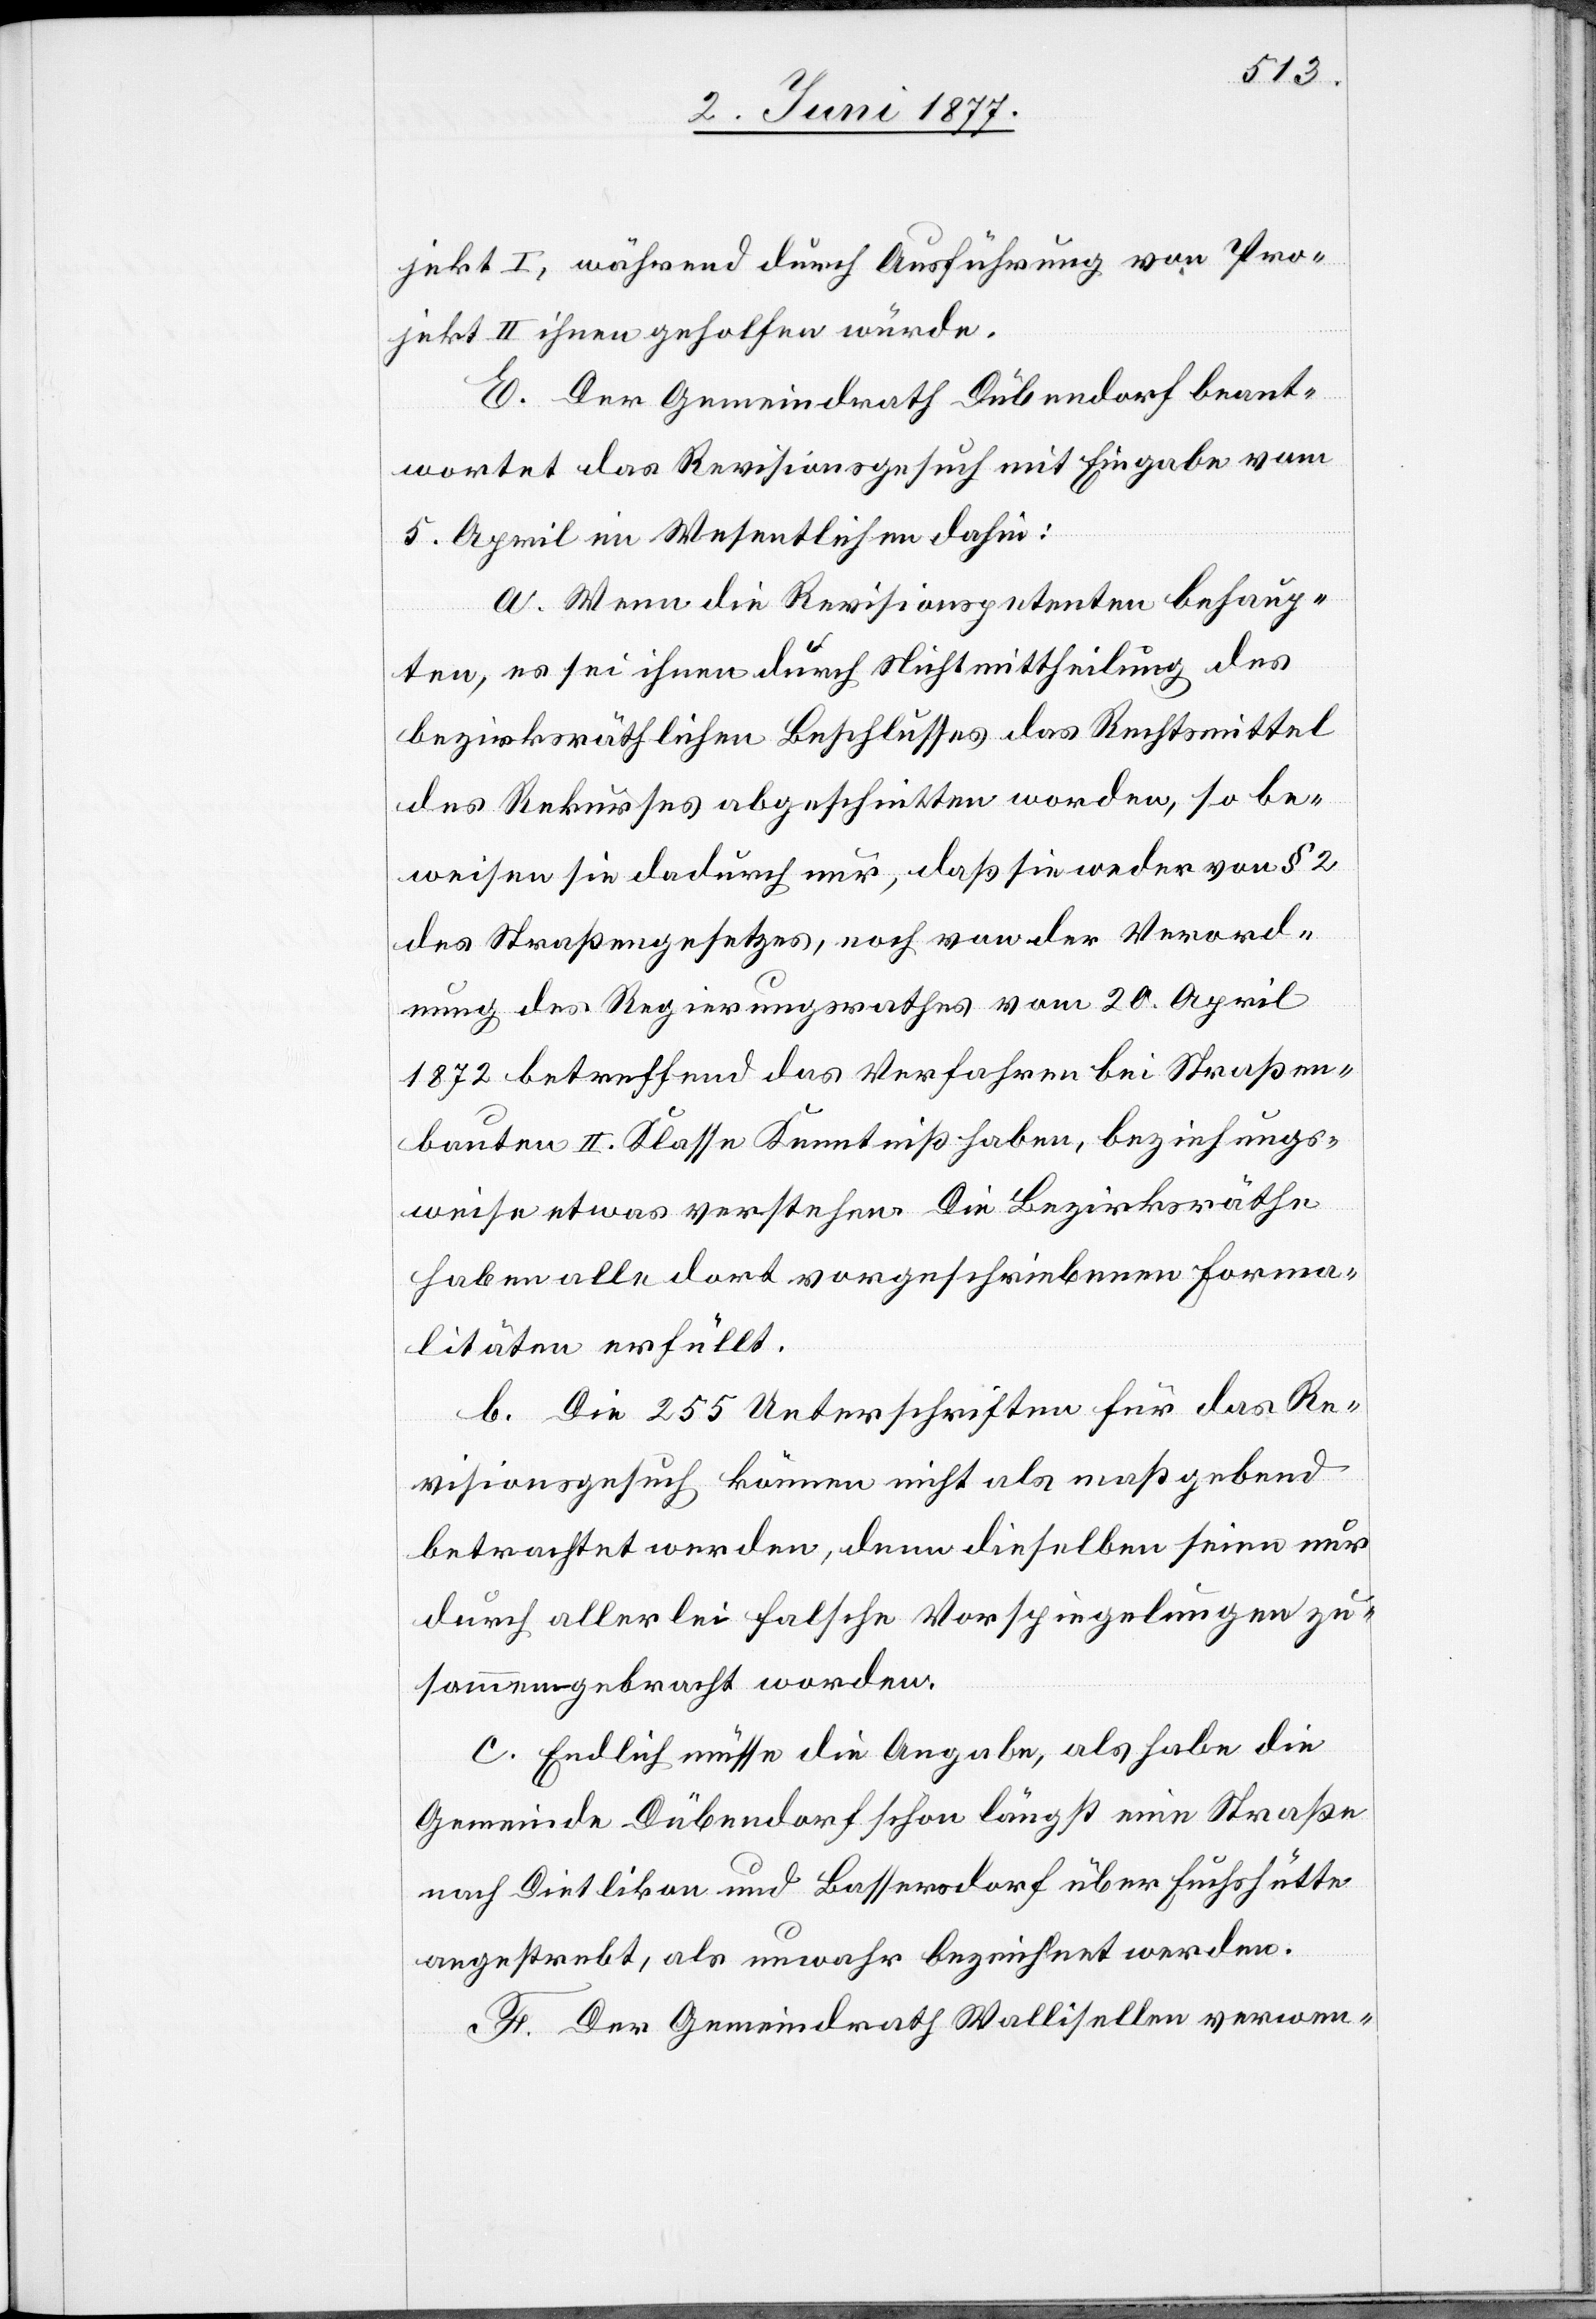
jekt I, während durch Ausführung von Pro¬
jekt II ihnen geholfen würde.
E. Der Gemeindrath Dübendorf beant¬
wortet das Revisionsgesuch mit Eingabe vom
5. April im Wesentlichen dahin:
a. Wenn die Revisionspetenten behaup¬
ten, es sei ihnen durch Nichtmittheilung des
bezirksräthlichen Beschlusses das Rechtsmittel
des Rekurses abgeschnitten worden, so be¬
weisen sie dadurch nur, daß sie weder von § 2
des Straßengesetzes, noch von der Verord¬
nung des Regierungsrathes vom 20. April
1872 betreffend das Verfahren bei Straßen¬
bauten II. Klasse Kenntniß haben, beziehungs¬
weise etwas verstehen. Die Bezirksräthe
haben alle dort vorgeschriebenen Forma¬
litäten erfüllt.
b. Die 255 Unterschriften für das Re¬
visionsgesuch können nicht als maßgebend
betrachtet werden, denn dieselben seien nur
durch allerlei falsche Vorspiegelungen zu¬
sammengebracht worden.
c. Endlich müsse die Angabe, als habe die
Gemeinde Dübendorf schon längst eine Straße
nach Dietlikon und Bassersdorf über Fuchshütte
angestrebt, als unwahr bezeichnet werden.
F. Der Gemeindrath Wallisellen verwen-